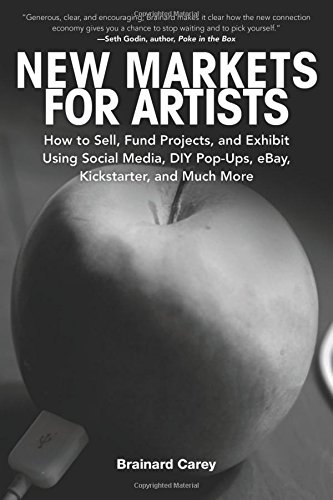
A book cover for New Markets for Artists: How to Sell, Fund Projects, and Exhibit Using Social Media, DIY Pop-Ups, eBay, Kickstarter, and Much More; Brainard Carey; Arts & Photography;